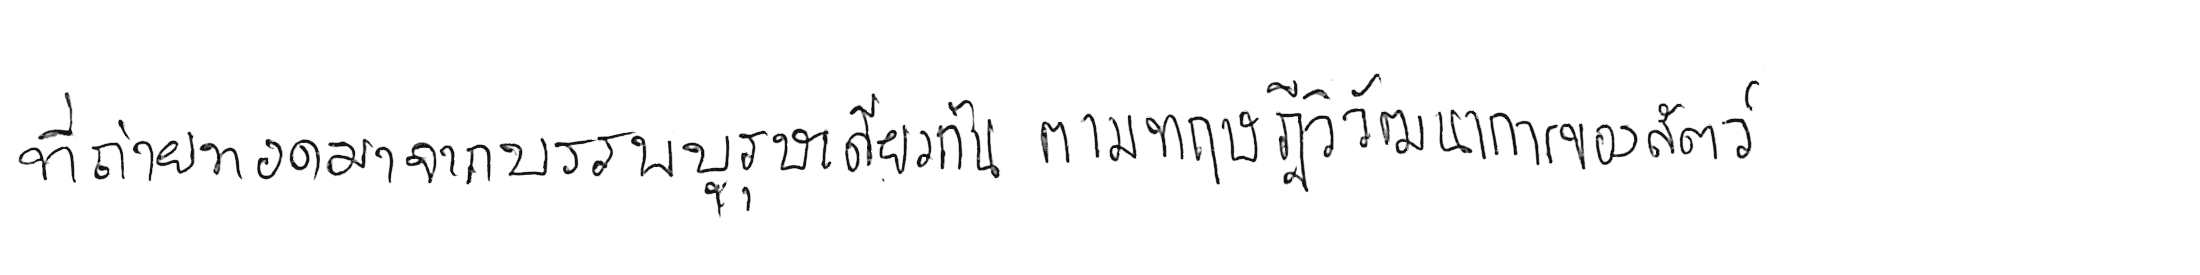
ที่ถ่ายทอดมาจากบรรพบุรุษเดียวกัน ตามทฤษฎีวิวัฒนาการของสัตว์